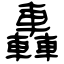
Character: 轟